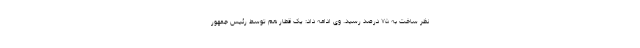
نظر ساخت به ۷۵ درصد رسید. وی ادامه داد: یک قطار هم توسط رئیس جمهور